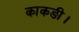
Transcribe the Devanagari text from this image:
काकङी।